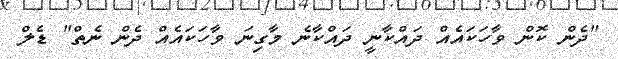
"ދެން ކޮން ވާހަކައެއް ދައްކާނީ ދައްކާނެ މާގިނަ ވާހަކައެއް ދެން ނެތް" ޑެލް